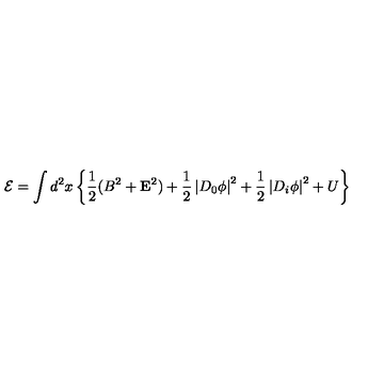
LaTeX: { \cal E } = \int d ^ { 2 } x \left\{ \frac 1 2 ( B ^ { 2 } + { \bf E } ^ { 2 } ) + \frac 1 2 \left| D _ { 0 } \phi \right| ^ { 2 } + \frac 1 2 \left| D _ { i } \phi \right| ^ { 2 } + U \right\}